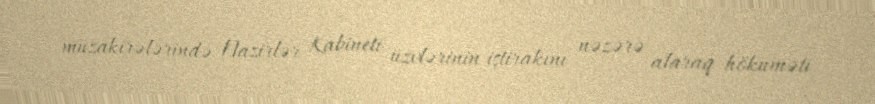
müzakirələrində Nazirlər Kabineti üzvlərinin iştirakını nəzərə alaraq hökuməti